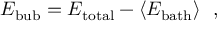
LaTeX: E _ { \mathrm { b u b } } = E _ { \mathrm { t o t a l } } - \langle E _ { \mathrm { b a t h } } \rangle ~ ~ ,